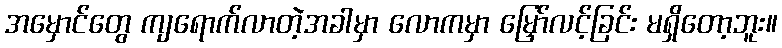
အမှောင်တွေ ကျရောက်လာတဲ့အခါမှာ လောကမှာ မြှော်လင့်ခြင်း မရှိတော့ဘူး။